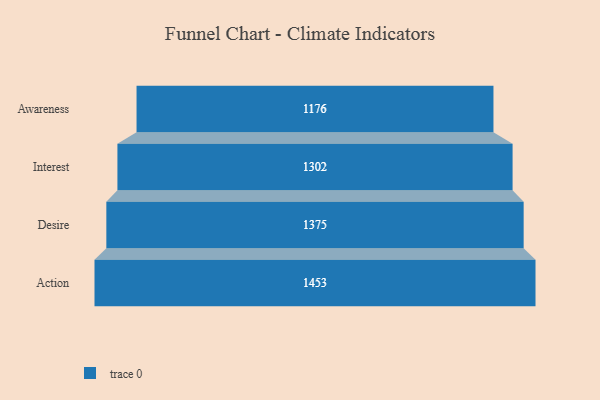
{"axis": {"x": "Stage", "y": "Value"}, "legend": [""], "data": [{"x": "Awareness", "y": 1176.0, "type": ""}, {"x": "Interest", "y": 1302.0, "type": ""}, {"x": "Desire", "y": 1375.0, "type": ""}, {"x": "Action", "y": 1453.0, "type": ""}]}